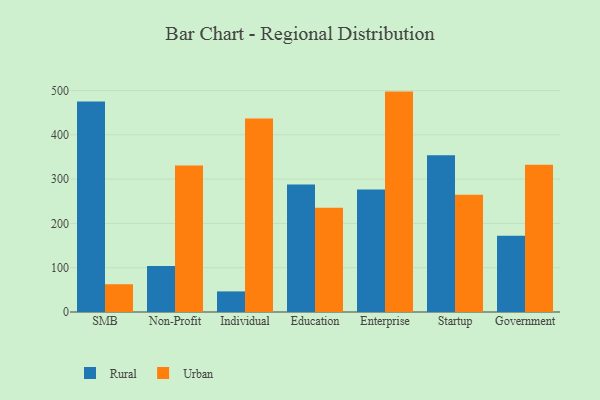
{"axis": {"x": "Segment", "y": "Satisfaction Score"}, "legend": ["Rural", "Urban"], "data": [{"x": "SMB", "y": 475.4, "type": "Rural"}, {"x": "SMB", "y": 62.7, "type": "Urban"}, {"x": "Non-Profit", "y": 103.8, "type": "Rural"}, {"x": "Non-Profit", "y": 330.6, "type": "Urban"}, {"x": "Individual", "y": 46.5, "type": "Rural"}, {"x": "Individual", "y": 436.9, "type": "Urban"}, {"x": "Education", "y": 287.9, "type": "Rural"}, {"x": "Education", "y": 235.6, "type": "Urban"}, {"x": "Enterprise", "y": 276.8, "type": "Rural"}, {"x": "Enterprise", "y": 497.6, "type": "Urban"}, {"x": "Startup", "y": 353.8, "type": "Rural"}, {"x": "Startup", "y": 264.9, "type": "Urban"}, {"x": "Government", "y": 172.2, "type": "Rural"}, {"x": "Government", "y": 332.7, "type": "Urban"}]}